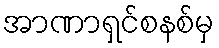
အာဏာရှင်စနစ်မှ